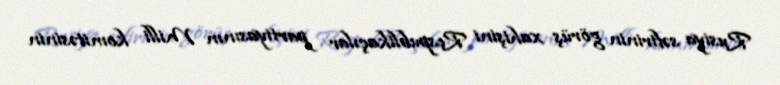
Rusiya səfirinin görüş xahişini Respublikaçılar partiyasının Milli komitəsinin